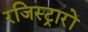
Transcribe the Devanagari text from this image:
रजिस्ट्रारों